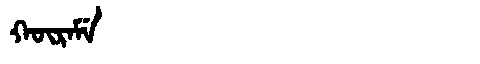
Manchu: ᡴᡡᡵᠠᠮᡝ
Romanization: KŪRAME